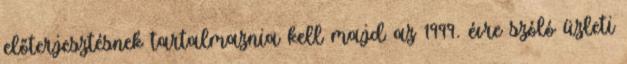
előterjesztésnek tartalmaznia kell majd az 1999. évre szóló üzleti